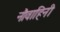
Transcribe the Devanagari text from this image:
नौवाहिनी